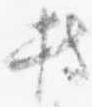
持